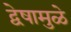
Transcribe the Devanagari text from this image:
द्वेषामुळे